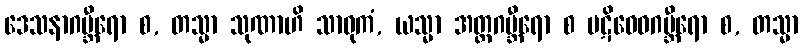
ဒေသနာဂမ္ဘီရော စ, တသ္မာ သုဏာဟိ သာဓုကံ, ယသ္မာ အတ္ထဂမ္ဘီရော စ ပဋိဝေဓဂမ္ဘီရော စ, တသ္မာ